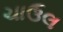
ચાઉલ